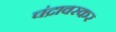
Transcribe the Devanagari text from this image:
चंद्रावरकर